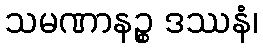
သမဏာနဉ္စ ဒဿနံ၊